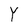
Character: Y